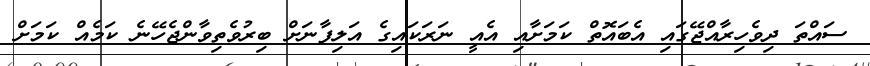
ސައްތަ ދިވެހިރާއްޖޭގައި އެބައޮތް ކަމަށާއި އެއީ ނަރަކައިގެ އަލިފާނަށް ބިރުވެތިވާންޖެހޭނެ ކަމެއް ކަމަށް